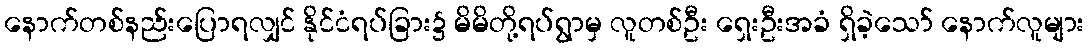
နောက်တစ်နည်းပြောရလျှင် နိုင်ငံရပ်ခြား၌ မိမိတို့ရပ်ရွာမှ လူတစ်ဦး ရှေးဦးအခံ ရှိခဲ့သော် နောက်လူများ